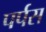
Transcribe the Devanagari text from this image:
पर्पस